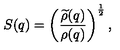
S ( q ) = \left( { \frac { \widetilde { \rho } ( q ) } { \rho ( q ) } } \right) ^ { { \frac { 1 } { 2 } } } ,